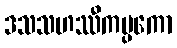
ဒသသဟဿီကမ္ပကော